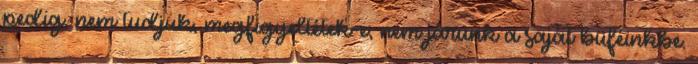
pedig, nem tudjuk, megfigyeltétek-e, nem járunk a saját büféinkbe.